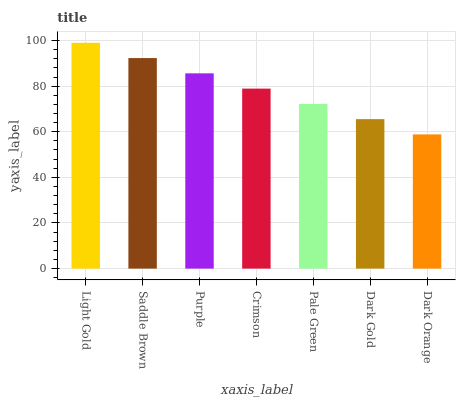
| xaxis_label | bars |
 | --- | --- |
 | Light Gold | 99 |
 | Saddle Brown | 92.3 |
 | Purple | 85.6 |
 | Crimson | 78.9 |
 | Pale Green | 72.2 |
 | Dark Gold | 65.5 |
 | Dark Orange | 58.8 |